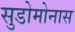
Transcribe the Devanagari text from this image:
सुडोमोनास